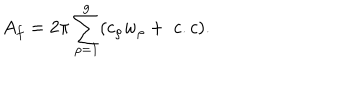
LaTeX: A _ { f } = 2 \pi \sum _ { \rho = 1 } ^ { g } ( c _ { \rho } w _ { \rho } + \; c . c ) .